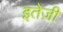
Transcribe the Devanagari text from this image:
इतेज़ी